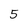
Character: 5